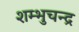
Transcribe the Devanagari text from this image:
शम्भुचन्द्र